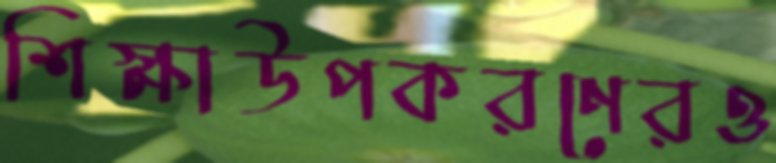
শিক্ষাউপকরণেরও